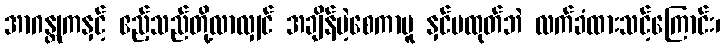
အာဂန္တုကနှင့် ဧည့်သည်တို့လာလျှင် အချိန်မဲ့စေကာမူ နှင်မထုတ်ဘဲ လက်ခံထားသင့်ကြောင်း၊